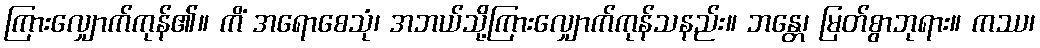
ကြားလျှောက်ကုန်၏။ ကိံ အရောစေသုံ၊ အဘယ်သို့ကြားလျှောက်ကုန်သနည်း။ ဘန္တေ၊ မြတ်စွာဘုရား။ ကဿ၊